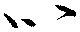
心